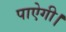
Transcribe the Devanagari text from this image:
पाऐगी।